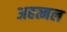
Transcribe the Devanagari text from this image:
अहत्मल